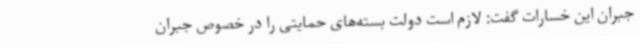
جبران این خسارات گفت: لازم است دولت بسته‌های حمایتی را در خصوص جبران